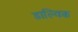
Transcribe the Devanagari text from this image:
डाल्विक